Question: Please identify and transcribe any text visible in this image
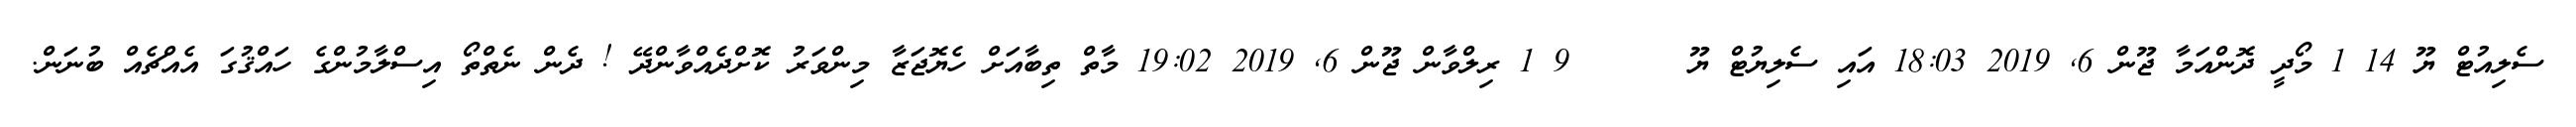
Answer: ސެލިއުޓް ޔޫ 14 1 މޯދީ ދޮންއަމާ ޖޫން 6, 2019 18:03 އައި ސެލިޔުޓް ޔޫ ?????? 9 1 ރިލްވާން ޖޫން 6, 2019 19:02 މާތް ތިބާއަށް ހެޔޮޖަޒާ މިންވަރު ކޮށްދެއްވާންދޭ ! ދެން ނެތްތޯ އިސްލާމުންގެ ހައްޤުގަ އެއްޗެއް ބުނަން.